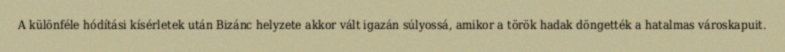
A különféle hódítási kísérletek után Bizánc helyzete akkor vált igazán súlyossá, amikor a török hadak döngették a hatalmas városkapuit.